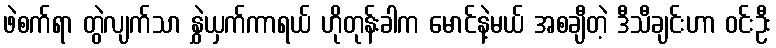
ဖဲစက်ရာ တွဲလျက်သာ နွှဲယှက်ကာရယ် ဟိုတုန်းခါက မောင်နဲ့မယ် အစချီတဲ့ ဒီသီချင်းဟာ ဝင်းဦး